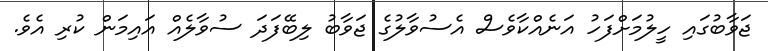
ޖަވާބުގައި ހީލުމަށްފަހު އަނެއްކާވެސް އެސުވާލުގެ ޖަވާބު ލިބޭފަދަ ސުވާލެއް އައިމަން ކުރި އެވެ.